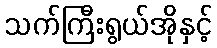
သက်ကြီးရွယ်အိုနှင့်